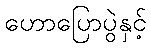
ဟောပြောပွဲနှင့်